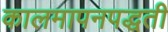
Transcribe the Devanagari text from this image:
कालमापनपद्धती